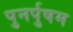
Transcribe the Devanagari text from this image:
पुनर्पुषम